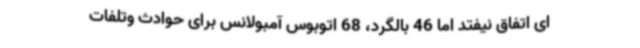
ای اتفاق نیفتد اما 46 بالگرد، 68 اتوبوس آمبولانس برای حوادث وتلفات